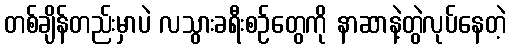
တစ်ချိန်တည်းမှာပဲ လသွားခရီးစဉ်တွေကို နာဆာနဲ့တွဲလုပ်နေတဲ့